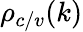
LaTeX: \rho_{c/v}(k)